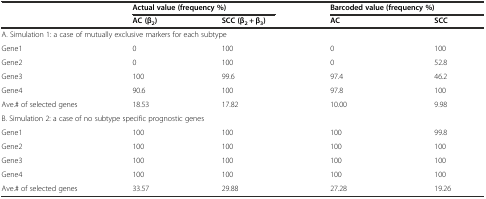
<table><thead><tr><td rowspan="2"></td><td colspan="2"><b>Actual value (frequency %)</b></td><td colspan="2"><b>Barcoded value (frequency %)</b></td></tr><tr><td><b>AC (β<sub>2</sub>)</b></td><td><b>SCC (β<sub>2</sub> + β<sub>3</sub>)</b></td><td><b>AC</b></td><td><b>SCC</b></td></tr></thead><tbody><tr><td colspan="5">A. Simulation 1: a case of mutually exclusive markers for each subtype</td></tr><tr><td>Gene1</td><td>0</td><td>100</td><td>0</td><td>100</td></tr><tr><td>Gene2</td><td>0</td><td>100</td><td>0</td><td>52.8</td></tr><tr><td>Gene3</td><td>100</td><td>99.6</td><td>97.4</td><td>46.2</td></tr><tr><td>Gene4</td><td>90.6</td><td>100</td><td>97.8</td><td>100</td></tr><tr><td>Ave.# of selected genes</td><td>18.53</td><td>17.82</td><td>10.00</td><td>9.98</td></tr><tr><td colspan="5">B. Simulation 2: a case of no subtype specific prognostic genes</td></tr><tr><td>Gene1</td><td>100</td><td>100</td><td>100</td><td>99.8</td></tr><tr><td>Gene2</td><td>100</td><td>100</td><td>100</td><td>100</td></tr><tr><td>Gene3</td><td>100</td><td>100</td><td>100</td><td>100</td></tr><tr><td>Gene4</td><td>100</td><td>100</td><td>100</td><td>100</td></tr><tr><td>Ave.# of selected genes</td><td>33.57</td><td>29.88</td><td>27.28</td><td>19.26</td></tr></tbody></table>